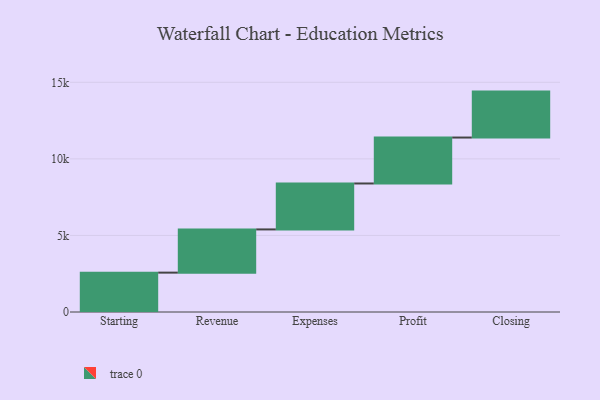
{"axis": {"x": "Step", "y": "Value"}, "legend": [""], "data": [{"x": "Starting", "y": 2571.0, "type": ""}, {"x": "Revenue", "y": 2822.0, "type": ""}, {"x": "Expenses", "y": 3000, "type": ""}, {"x": "Profit", "y": 3000, "type": ""}, {"x": "Closing", "y": 3000, "type": ""}]}